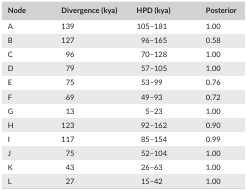
| Node | Divergence (kya) | HPD (kya) | Posterior |
 | --- | --- | --- | --- |
 | A | 139 | 105–181 | 1.00 |
 | B | 127 | 96–165 | 0.58 |
 | C | 96 | 70–128 | 1.00 |
 | D | 79 | 57–105 | 1.00 |
 | E | 75 | 53–99 | 0.76 |
 | F | 69 | 49–93 | 0.72 |
 | G | 13 | 5–23 | 1.00 |
 | H | 123 | 92–162 | 0.90 |
 | I | 117 | 85–154 | 0.99 |
 | J | 75 | 52–104 | 1.00 |
 | K | 43 | 26–63 | 1.00 |
 | L | 27 | 15–42 | 1.00 |